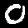
Digit: 0